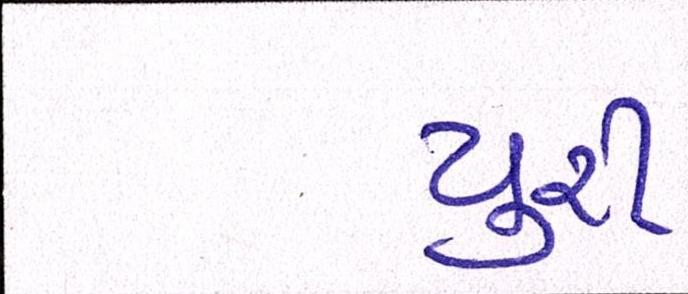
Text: યુરી